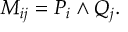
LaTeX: M _ { i j } = P _ { i } \land Q _ { j } .